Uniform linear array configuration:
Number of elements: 8
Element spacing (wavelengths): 1
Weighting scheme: exponential
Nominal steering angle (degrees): -30
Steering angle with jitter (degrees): -30.742
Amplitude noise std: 0.05
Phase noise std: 0.05

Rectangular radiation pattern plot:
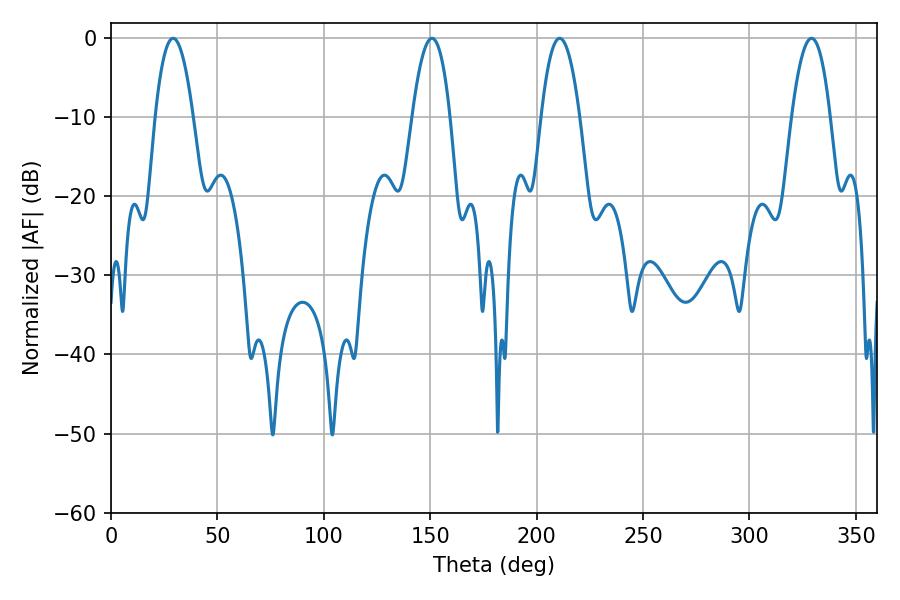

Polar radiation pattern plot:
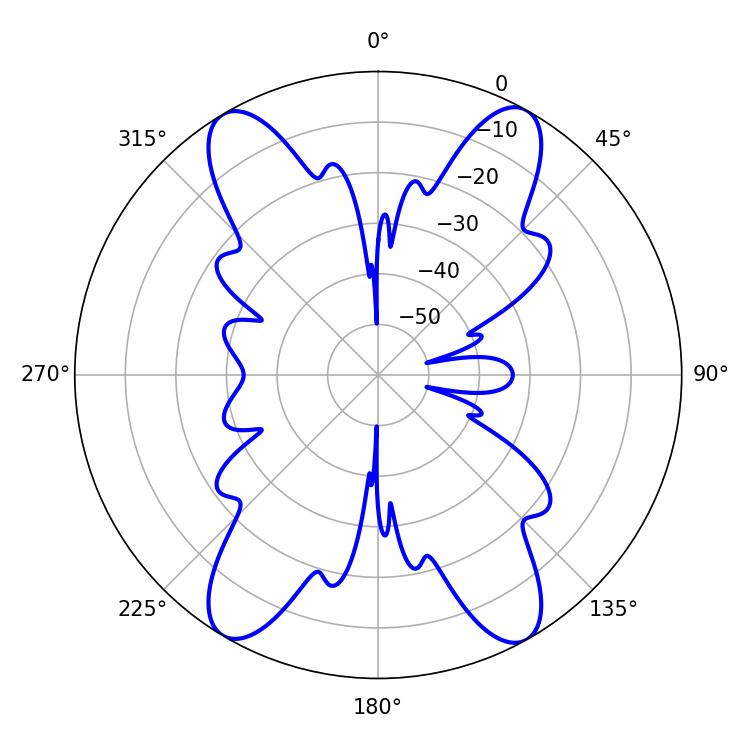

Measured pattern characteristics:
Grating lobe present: TRUE
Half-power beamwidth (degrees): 9.72
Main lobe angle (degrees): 29.16